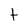
Character: t